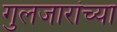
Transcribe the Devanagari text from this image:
गुलजारांच्या